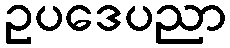
ဥပဒေပညာ